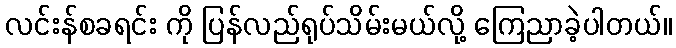
လင်းန်စခရင်း ကို ပြန်လည်ရုပ်သိမ်းမယ်လို့ ကြေညာခဲ့ပါတယ်။